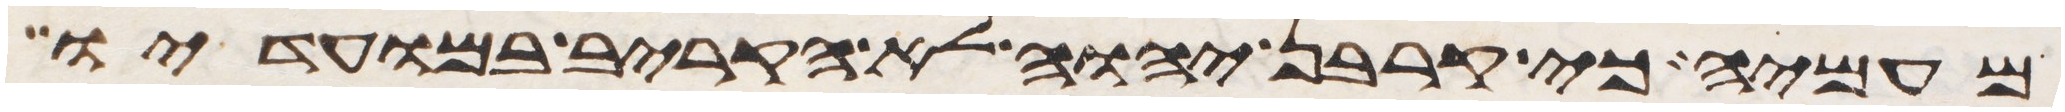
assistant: מעמיה כי קרבן יהוה לא הקריב במועדיו